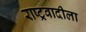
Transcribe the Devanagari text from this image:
राष्ट्रवादीला